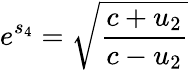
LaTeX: e^{s_{4}}={\sqrt{\frac{c+u_{2}}{c-u_{2}}}}